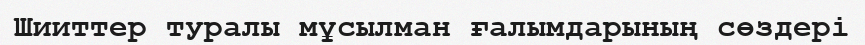
Шииттер туралы мұсылман ғалымдарының сөздері